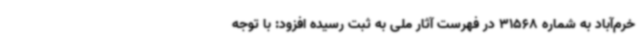
خرم‌آباد به شماره 31568 در فهرست آثار ملی به ثبت رسیده افزود: با توجه